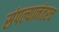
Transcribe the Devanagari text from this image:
संपल्यानंतरच